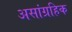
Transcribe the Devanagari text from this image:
असांग्रहिक